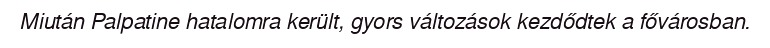
Miután Palpatine hatalomra került, gyors változások kezdődtek a fővárosban.